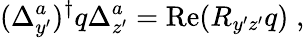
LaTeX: (\Delta_{y^{\prime}}^{a})^{\dagger}q\Delta_{z^{\prime}}^{a}=\mathrm{Re}(R_{y^{\prime}z^{\prime}}q)\; ,